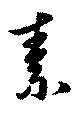
素